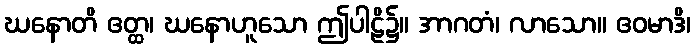
ဃနောတိ ဧတ္ထ၊ ဃနောဟူသော ဤပါဠိ၌။ အာဂတံ၊ လာသော။ ဧဝမာဒိ၊